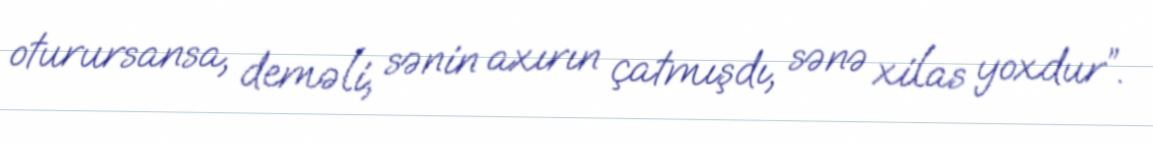
oturursansa, deməli, sənin axırın çatmışdı, sənə xilas yoxdur”.